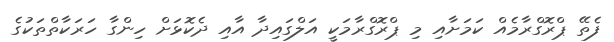
ފެތޭ ޕްރޮގްރާމެއް ކަމަށާއި މި ޕްރޮގްރާމަކީ އަލްގައިދާ އާއި ދެކޮޅަށް ހިންގާ ހަރަކާތްތަކުގެ